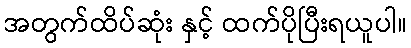
အတွက်ထိပ်ဆုံး နှင့် ထက်ပိုပြီးရယူပါ။